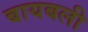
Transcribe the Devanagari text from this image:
बायबली